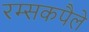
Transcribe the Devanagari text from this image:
रम्सकपैले